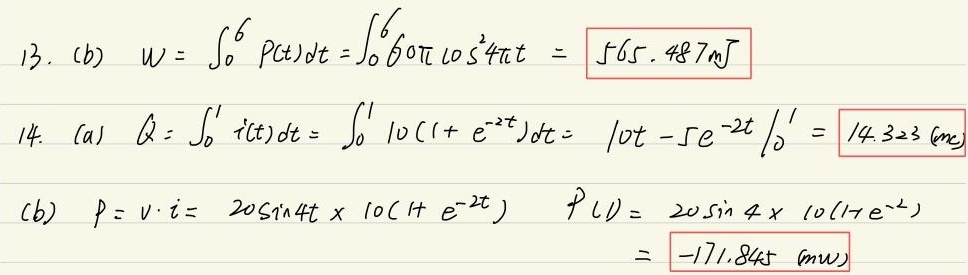
13. (b) \(W = \int_{0}^{6} P(t)dt=\int_{0}^{6}60\pi\cos^{2}4\pi t=\boxed{565.487\mathrm{mJ}}\)
14. (a) \(Q = \int_{0}^{1} i(t)dt=\int_{0}^{1}10(1 + e^{-2t})dt=10t - 5e^{-2t}\big|_{0}^{1}=\boxed{14.323\mathrm{C}}\)
(b) \(p = v\cdot i = 20\sin4t\times10(1 + e^{-2t})\) \(p(1)=20\sin4\times10(1 + e^{-2})\)
\(=\boxed{-171.845\mathrm{(mW)}}\)